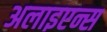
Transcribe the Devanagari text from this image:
अलाइएन्स